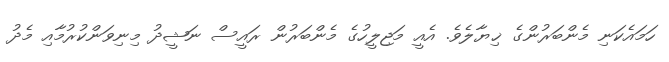
ހަމައެކަނި މެންބަރުންގެ ޚިޔާލެވެ. އެއީ މަޖިލީހުގެ މެންބަރުން ރައީސް ނަޝީދު މިނިވަންކުރުމާއި މެދު